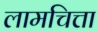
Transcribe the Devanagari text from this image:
लामचित्ता